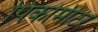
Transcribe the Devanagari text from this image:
पिकोमीटर